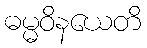
ဓမ္မဝိနယေတိ